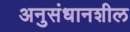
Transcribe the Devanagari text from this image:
अनुसंधानशील